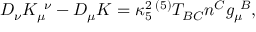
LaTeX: D _ { \nu } K _ { \mu } ^ { ~ \nu } - D _ { \mu } K = \kappa _ { 5 } ^ { 2 } \, { } ^ { ( 5 ) } T _ { B C } n ^ { C } g _ { \mu } ^ { ~ B } ,